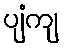
ပျံကျ